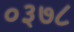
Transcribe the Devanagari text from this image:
०३७८